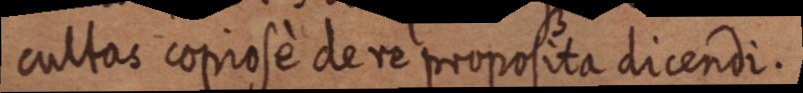
cultas copiose de re propositia dicendi.